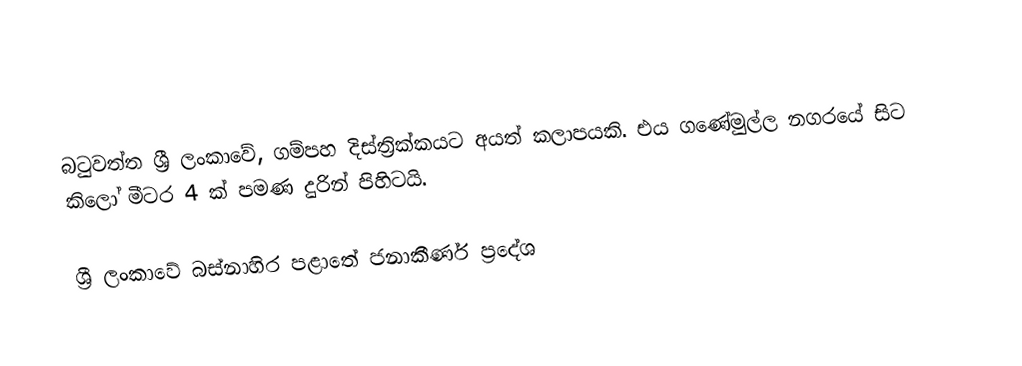
බටුවත්ත ශ්‍රී ලංකාවේ, ගම්පහ දිස්ත්‍රික්කයට අයත් කලාපයකි. එය ගණේමුල්ල නගරයේ සිට කිලෝ මීටර 4 ක් පමණ දුරින් පිහිටයි.

ශ්‍රී ලංකාවේ බස්නාහිර පළාතේ ජනාකීර්ණ ප්‍රදේශ